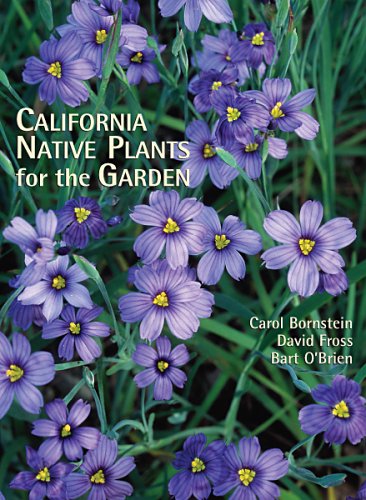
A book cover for California Native Plants for the Garden; Carol Bornstein; Crafts, Hobbies & Home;